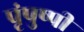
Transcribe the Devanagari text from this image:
पृंपुष्पी